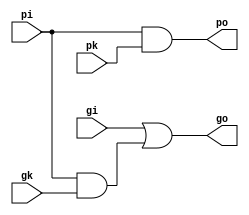
module pref_op
(
  input   gi,
  input   pi,

  input   gk,
  input   pk,

  output  go,
  output  po
);

always @(*) begin
  go = gi | (pi & gk);  // g0 = gi + pi.gk
  po = pi & pk;         // p0 = pi.pk
end

endmodule